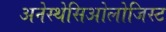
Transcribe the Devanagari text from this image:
अनेस्थेसिओलोजिस्ट